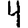
Digit: 4